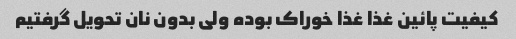
کیفیت پائین غذا غذا خوراک بوده ولی بدون نان تحویل گرفتیم